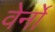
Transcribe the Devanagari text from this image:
वेर्नों